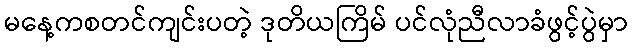
မနေ့ကစတင်ကျင်းပတဲ့ ဒုတိယကြိမ် ပင်လုံညီလာခံဖွင့်ပွဲမှာ